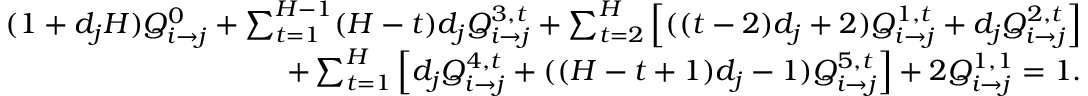
\begin{array} { r } { ( 1 + d _ { j } H ) Q _ { i \rightarrow j } ^ { 0 } + \sum _ { t = 1 } ^ { H - 1 } ( H - t ) d _ { j } Q _ { i \rightarrow j } ^ { 3 , t } + \sum _ { t = 2 } ^ { H } \left[ ( ( t - 2 ) d _ { j } + 2 ) Q _ { i \rightarrow j } ^ { 1 , t } + d _ { j } Q _ { i \rightarrow j } ^ { 2 , t } \right] } \\ { + \sum _ { t = 1 } ^ { H } \left[ d _ { j } Q _ { i \rightarrow j } ^ { 4 , t } + ( ( H - t + 1 ) d _ { j } - 1 ) Q _ { i \rightarrow j } ^ { 5 , t } \right] + 2 Q _ { i \rightarrow j } ^ { 1 , 1 } = 1 . } \end{array}